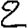
Digit: 2